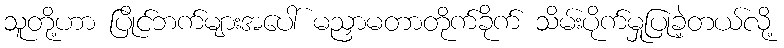
သူတို့ဟာ ပြိုင်ဘက်များအပေါ် မညှာမတာတိုက်ခိုက် သိမ်းပိုက်မှုပြုခဲ့တယ်လို့